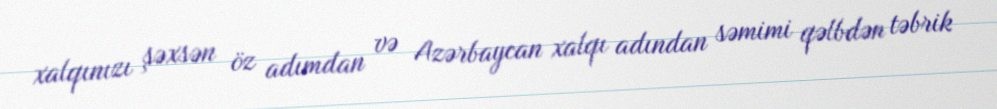
xalqınızı şəxsən öz adımdan və Azərbaycan xalqı adından səmimi qəlbdən təbrik